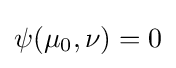
\psi (\mu _{0},\nu )=0